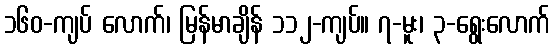
၁၆၀-ကျပ် လောက်၊ မြန်မာချိန် ၁၁၂-ကျပ်။ ၇-မူး၊ ၃-ရွေးလောက်